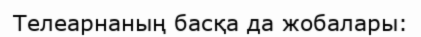
Телеарнаның басқа да жобалары: